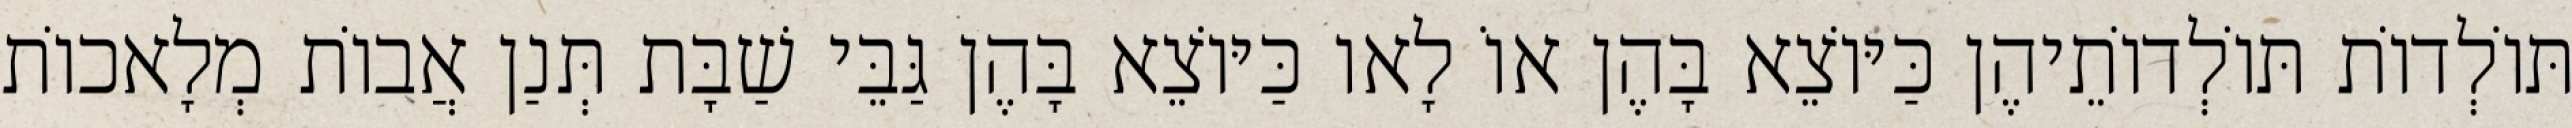
תּוֹלְדוֹת תּוֹלְדוֹתֵיהֶן כַּיּוֹצֵא בָּהֶן אוֹ לָאו כַּיּוֹצֵא בָּהֶן גַּבֵּי שַׁבָּת תְּנַן אֲבוֹת מְלָאכוֹת